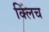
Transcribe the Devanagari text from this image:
क्लिच